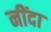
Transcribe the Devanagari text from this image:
नींदा